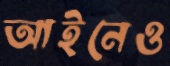
আইনেও